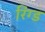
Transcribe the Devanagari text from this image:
रिंग्ड